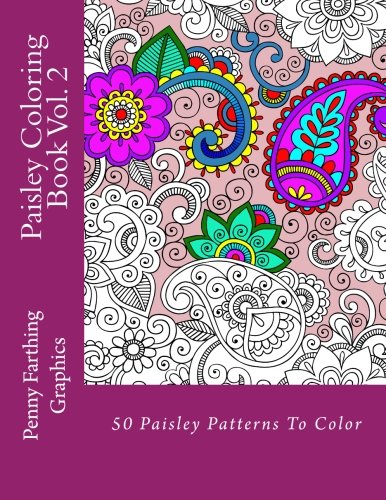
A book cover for Paisley Coloring Book Vol. 2; Penny Farthing Graphics; Arts & Photography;